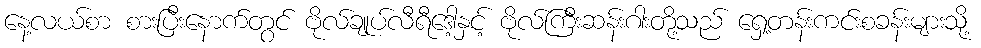
နေ့လယ်စာ စားပြီးနောက်တွင် ဗိုလ်ချုပ်လီရီဒေါ့နှင့် ဗိုလ်ကြီးဆန်းဂါးတို့သည် ရှေ့တန်းကင်းစခန်းများသို့